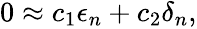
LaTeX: \begin{array}{r}{0\approx c_{1}\epsilon_{n}+c_{2}\delta_{n},}\end{array}